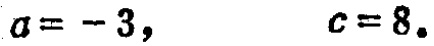
\(a = -3,\qquad c = 8.\)